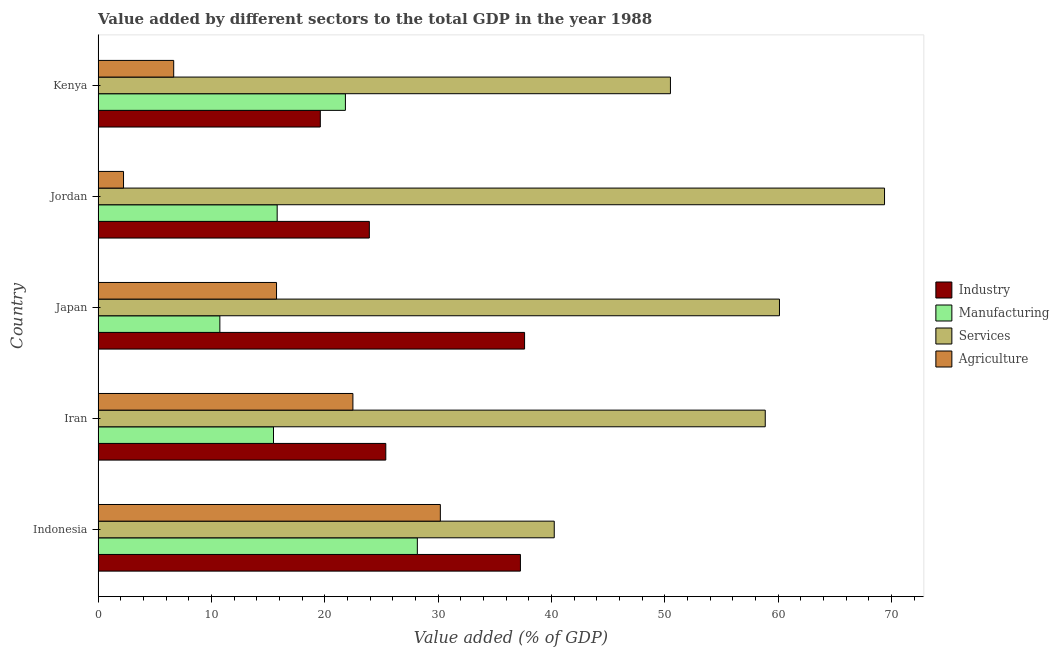
| Country | Industry | Manufacturing | Services | Agriculture |
 | --- | --- | --- | --- | --- |
 | Indonesia | 37.3 | 28.2 | 40.3 | 30.2 |
 | Iran | 25.4 | 15.5 | 58.9 | 22.5 |
 | Japan | 37.6 | 10.7 | 60.1 | 15.7 |
 | Jordan | 23.9 | 15.8 | 69.4 | 2.24 |
 | Kenya | 19.6 | 21.8 | 50.5 | 6.67 |